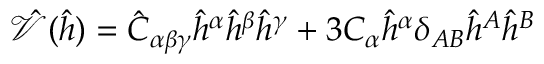
\hat { \mathcal { V } } ( \hat { h } ) = { \hat { C } } _ { \alpha \beta \gamma } { \hat { h } } ^ { \alpha } { \hat { h } } ^ { \beta } { \hat { h } } ^ { \gamma } + 3 C _ { \alpha } { \hat { h } } ^ { \alpha } \delta _ { A B } { \hat { h } } ^ { A } { \hat { h } } ^ { B }